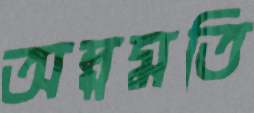
অল্পমতি